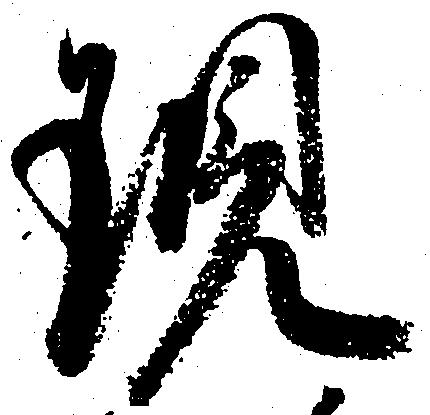
現